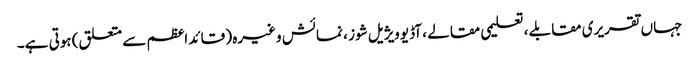
جہاں تقریری مقابلے ، تعلیمی مقالے ، آڈیو ویژیل شوز ، نمائش وغیرہ ( قائد اعظم سے متعلق) ہوتی ہے۔